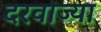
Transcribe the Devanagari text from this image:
दरवाज्या